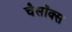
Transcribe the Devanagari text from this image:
चैसॉक्स